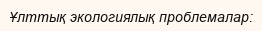
Ұлттық экологиялық проблемалар: